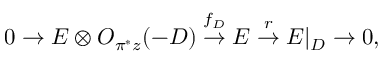
0 \rightarrow E \otimes { \cal O } _ { \pi ^ { * } z } ( - D ) \stackrel { f _ { D } } { \rightarrow } E \stackrel { r } { \rightarrow } E | _ { D } \rightarrow 0 ,